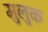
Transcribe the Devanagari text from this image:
मुलुक